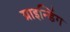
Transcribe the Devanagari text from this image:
ग्राइन्डिंग